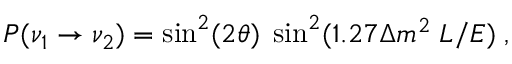
P ( \nu _ { 1 } \rightarrow \nu _ { 2 } ) = \sin ^ { 2 } ( 2 \theta ) \; \sin ^ { 2 } ( 1 . 2 7 \Delta m ^ { 2 } \; L / E ) \; ,